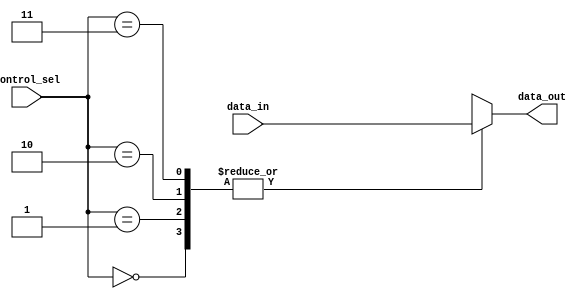
module Delay
(
  input wire [7:0] data_in,
  input wire [1:0] control_sel,
  output reg [7:0] data_out
);

always @*
begin
  case(control_sel)
    2'b00: data_out <= data_in; // No delay
    2'b01: data_out <= #10 data_in; // Delay by 10 time units
    2'b10: data_out <= #5 data_in; // Delay by 5 time units
    2'b11: data_out <= #15 data_in; // Delay by 15 time units
  endcase
end

endmodule